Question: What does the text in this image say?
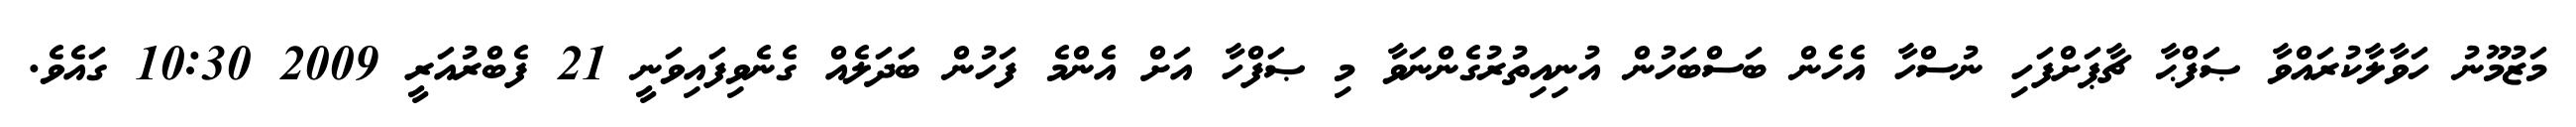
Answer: މަޒުމޫނު ހަވާލާކުރައްވާ ޞަފްޙާ ޗާޕަށްފަހި ނުސްހާ އެހެން ބަސްބަހުން އުނިއިތުރުގެންނަވާ މި ޞަފްހާ އަށް އެންމެ ފަހުން ބަދަލެއް ގެނެވިފައިވަނީ 21 ފެބްރުއަރީ 2009 10:30 ގައެވެ.